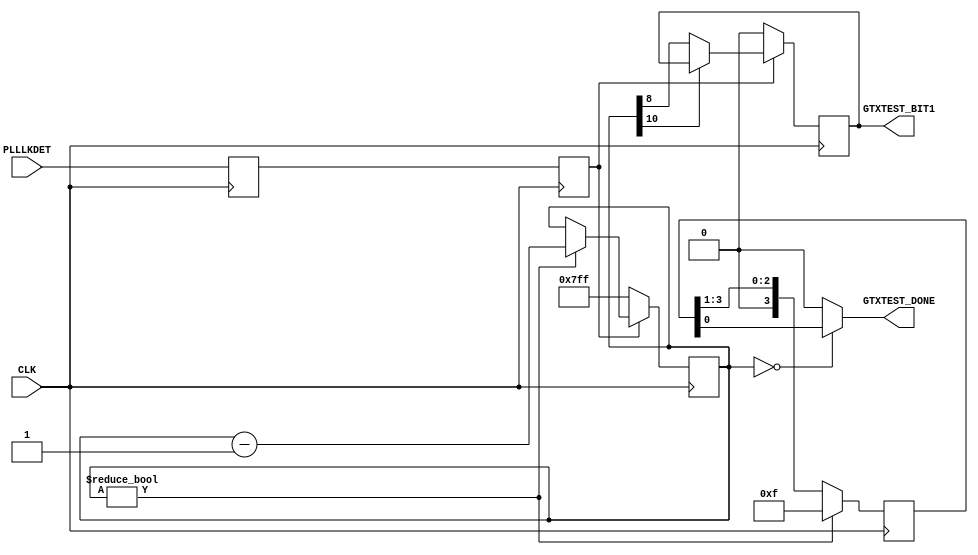
///////////////////////////////////////////////////////////////////////////////
//   ____  ____
//  /   /\/   /
// /___/  \  /    Vendor: Xilinx 
// \   \   \/     Version : 1.8
//  \   \         Application : Virtex-6 FPGA GTX Transceiver Wizard
//  /   /         Filename : double_reset.v
// /___/   /\     
// \   \  /  \ 
//  \___\/\___\
//
//
// Module DOUBLE_RESET
// Generated by Xilinx Virtex-6 FPGA GTX Transceiver Wizard
// 
// 
// (c) Copyright 2009-2010 Xilinx, Inc. All rights reserved.
// 
// This file contains confidential and proprietary information
// of Xilinx, Inc. and is protected under U.S. and
// international copyright and other intellectual property
// laws.
// 
// DISCLAIMER
// This disclaimer is not a license and does not grant any
// rights to the materials distributed herewith. Except as
// otherwise provided in a valid license issued to you by
// Xilinx, and to the maximum extent permitted by applicable
// law: (1) THESE MATERIALS ARE MADE AVAILABLE "AS IS" AND
// WITH ALL FAULTS, AND XILINX HEREBY DISCLAIMS ALL WARRANTIES
// AND CONDITIONS, EXPRESS, IMPLIED, OR STATUTORY, INCLUDING
// BUT NOT LIMITED TO WARRANTIES OF MERCHANTABILITY, NON-
// INFRINGEMENT, OR FITNESS FOR ANY PARTICULAR PURPOSE; and
// (2) Xilinx shall not be liable (whether in contract or tort,
// including negligence, or under any other theory of
// liability) for any loss or damage of any kind or nature
// related to, arising under or in connection with these
// materials, including for any direct, or any indirect,
// special, incidental, or consequential loss or damage
// (including loss of data, profits, goodwill, or any type of
// loss or damage suffered as a result of any action brought
// by a third party) even if such damage or loss was
// reasonably foreseeable or Xilinx had been advised of the
// possibility of the same.
// 
// CRITICAL APPLICATIONS
// Xilinx products are not designed or intended to be fail-
// safe, or for use in any application requiring fail-safe
// performance, such as life-support or safety devices or
// systems, Class III medical devices, nuclear facilities,
// applications related to the deployment of airbags, or any
// other applications that could lead to death, personal
// injury, or severe property or environmental damage
// (individually and collectively, "Critical
// Applications"). Customer assumes the sole risk and
// liability of any use of Xilinx products in Critical
// Applications, subject only to applicable laws and
// regulations governing limitations on product liability.
// 
// THIS COPYRIGHT NOTICE AND DISCLAIMER MUST BE RETAINED AS
// PART OF THIS FILE AT ALL TIMES. 



`timescale 1ns / 1ps
`define DLY #1

module DOUBLE_RESET
(
	input  	CLK,
	input  	PLLLKDET,
        output  GTXTEST_DONE,
	output 	GTXTEST_BIT1
);

   reg        	    plllkdet_sync;
   reg              plllkdet_r;
   reg 	  [10:0]    reset_dly_ctr;
   reg        	    reset_dly_done;
   reg    [3:0]	    testdone_f;


	always @(posedge CLK)
	begin
   	  plllkdet_r    	<= `DLY PLLLKDET;
   	  plllkdet_sync 	<= `DLY plllkdet_r;
   	end

	assign GTXTEST_BIT1  = reset_dly_done; 
        assign GTXTEST_DONE  = (reset_dly_ctr == 11'd0)? testdone_f[0] : 1'b0;

	always @(posedge CLK)
        begin
    	   if (!plllkdet_sync) 
              reset_dly_ctr 	<= `DLY 11'h7FF;
    	   else if (reset_dly_ctr != 11'h000)
              reset_dly_ctr 	<= `DLY reset_dly_ctr - 1'b1;
        end

	always @(posedge CLK)
        begin
    	   if (!plllkdet_sync) 
              reset_dly_done 	<= `DLY 1'b0;
    	   else if (reset_dly_ctr[10] == 1'b0) 
              reset_dly_done 	<= `DLY reset_dly_ctr[8];
        end

	always @(posedge CLK)
        begin
     	   if (reset_dly_ctr != 11'd0)
       	      testdone_f     	<= `DLY 4'b1111;
           else
              testdone_f     	<= `DLY {1'b0, testdone_f[3:1]};
        end

endmodule